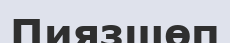
Пиязшөп